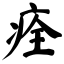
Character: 痊